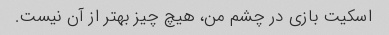
اسکیت بازی در چشم من، هیچ چیز بهتر از آن نیست.